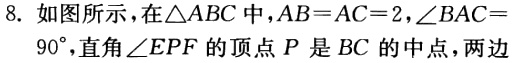
8. 如图所示，在\(\triangle ABC\)中，\(AB = AC = 2\)，\(\angle BAC = 90^{\circ}\)，直角\(\angle EPF\)的顶点\(P\)是\(BC\)的中点，两边